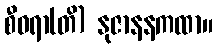
စီဝရာ(တိ) နုဇာနနကထာ။